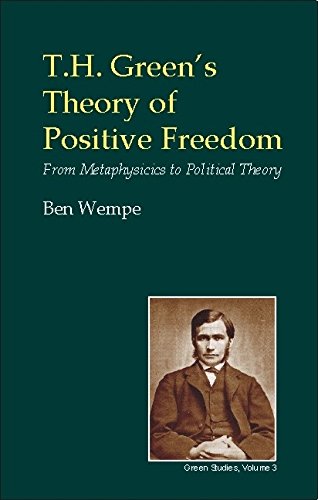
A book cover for T.H. Green's Theory of Positive Freedom: From Metaphysics to Political Theory (British Idealist Studies, Series 3: Green); Ben Wempe; Politics & Social Sciences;